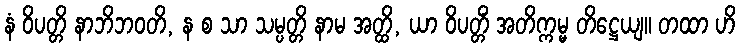
နံ ဝိပတ္တိ နာဘိဘဝတိ, န စ သာ သမ္ပတ္တိ နာမ အတ္ထိ, ယာ ဝိပတ္တိံ အတိက္ကမ္မ တိဋ္ဌေယျ။ တထာ ဟိ